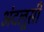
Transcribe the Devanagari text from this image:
अंदलूसी